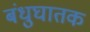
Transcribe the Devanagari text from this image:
बंधुघातक